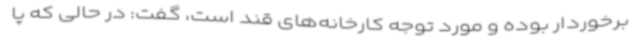
برخوردار بوده و مورد توجه کارخانه‌های قند است، گفت: در حالی که پا